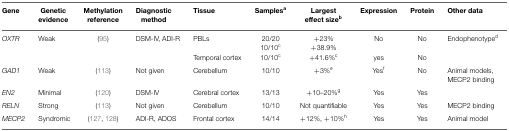
<table><thead><tr><td><b>Gene</b></td><td><b>Genetic evidence</b></td><td><b>Methylation reference</b></td><td><b>Diagnostic method</b></td><td><b>Tissue</b></td><td><b>Samples<sup>a</sup></b></td><td><b>Largest effect size<sup>b</sup></b></td><td><b>Expression</b></td><td><b>Protein</b></td><td><b>Other data</b></td></tr></thead><tbody><tr><td><i>OXTR</i></td><td>Weak</td><td>(95)</td><td>DSM-IV, ADI-R</td><td>PBLs</td><td>20/20</td><td>+23%</td><td>No</td><td>No</td><td>Endophenotype<sup>d</sup></td></tr><tr><td></td><td></td><td></td><td></td><td></td><td>10/10<sup>c</sup></td><td>+38.9%</td><td></td></tr><tr><td></td><td></td><td></td><td></td><td>Temporal cortex</td><td>10/10<sup>c</sup></td><td>+41.6%<sup>c</sup></td><td>yes</td><td>No</td><td></td></tr><tr><td><i>GAD1</i></td><td>Weak</td><td>(113)</td><td>Not given</td><td>Cerebellum</td><td>10/10</td><td>+3%<sup>e</sup></td><td>Yes<sup>f</sup></td><td>No</td><td>Animal models, MECP2 binding</td></tr><tr><td><i>EN2</i></td><td>Minimal</td><td>(120)</td><td>DSM-IV</td><td>Cerebral cortex</td><td>13/13</td><td>+10–20%<sup>g</sup></td><td>Yes</td><td>Yes</td><td></td></tr><tr><td><i>RELN</i></td><td>Strong</td><td>(113)</td><td>Not given</td><td>Cerebellum</td><td>10/10</td><td>Not quantifiable</td><td>Yes</td><td>Yes</td><td>MECP2 binding</td></tr><tr><td><i>MECP2</i></td><td>Syndromic</td><td>(127, 128)</td><td>ADI-R, ADOS</td><td>Frontal cortex</td><td>14/14</td><td>+12%, +10%<sup>h</sup></td><td>Yes</td><td>Yes</td><td>Animal model</td></tr></tbody></table>